Civil Veterinary Department. United Provinces 1932-42 - 1932-1942
Year: 1932
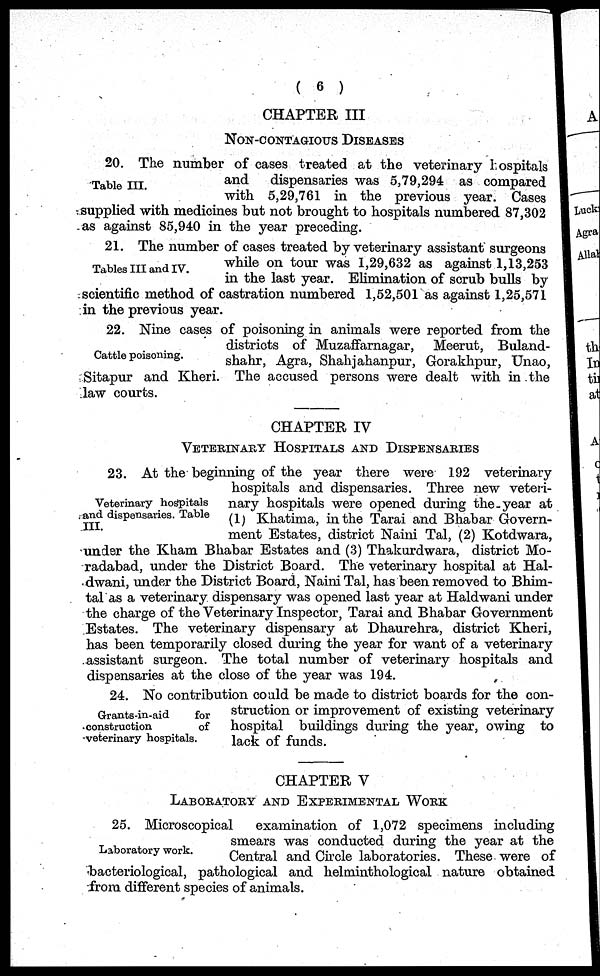
( 6 )
CHAPTER III
NON-CONTAGIOUS DISEASES
Table III.
20. The number of cases treated at the veterinary hospitals
and
dispensaries was 5,79,294 as compared
with 5,29,761 in the previous year. Cases
supplied with medicines but not brought to hospitals numbered 87,302
as against 85,940 in the year preceding.
Tables III and IV.
21. The number of cases treated by veterinary assistant surgeons
while on tour was 1,29,632 as against 1,13,253
in the last year. Elimination of scrub bulls by
scientific method of castration numbered 1,52,501 as against 1,25,571
in the previous year.
Cattle poisoning.
22. Nine cases of poisoning in animals were reported from the
districts of Muzaffarnagar,
Meerut, Buland-
shahr, Agra, Shahjahanpur, Gorakhpur, Unao,
Sitapur and Kheri. The accused persons were dealt with in the
law courts.
CHAPTER IV
VETERINARY HOSPITALS AND DISPENSARIES
Veterinary hospitals
and dispensaries. Table
III.
23. At the beginning of the year there were 192 veterinary
hospitals and dispensaries. Three new veteri-
nary hospitals were opened during the-year at
(1) Khatima, in the Tarai and Bhabar Govern-
ment Estates, district Naini Tal, (2) Kotdwara,
under the Kham Bhabar Estates and (3) Thakurdwara, district Mo-
radabad, under the District Board. The veterinary hospital at Hal-
dwani, under the District Board, Naini Tal, has been removed to Bhim-
tal as a veterinary dispensary was opened last year at Haldwani under
the charge of the Veterinary Inspector, Tarai and Bhabar Government
Estates. The veterinary dispensary at Dhaurehra, district Kheri,
has been temporarily closed during the year for want of a veterinary
assistant surgeon. The total number of veterinary hospitals and
dispensaries at the close of the year was 194.
Grants-in-aid
for
construction
of
veterinary hospitals.
24. No contribution could be made to district boards for the con-
struction or improvement of existing veterinary
hospital buildings during the year, owing to
lack of funds.
CHAPTER V
LABORATORY AND EXPERIMENTAL WORK
Laboratory work.
25. Microscopical
examination of 1,072 specimens including
smears was conducted during the year at the
Central and Circle laboratories. These were of
bacteriological, pathological and helminthological nature obtained
from different species of animals.